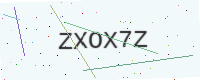
Text: ZXOX7Z